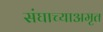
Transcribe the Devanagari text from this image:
संघाच्याअमृत